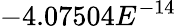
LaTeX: -4.07504E^{-14}